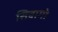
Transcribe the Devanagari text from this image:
सिबागो